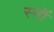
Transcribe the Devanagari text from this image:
स्नॉ